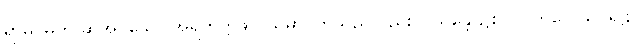
ရာဓိဂမဟု ဆိုအပ်သော အရဟတ္တဖိုလ်သမာပတ်သည်လည်း။ (သန္တော၌စပ်)။ ကိလေသပရိဠာ